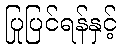
ပြုပြင်ရန်နှင့်